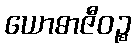
ယောဓာဇီဝဉ္စ